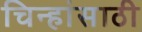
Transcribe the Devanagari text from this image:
चिन्हांसाठी